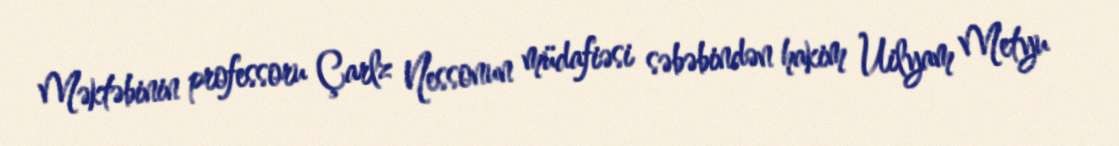
Məktəbinin professoru Çarlz Nessonun müdafiəsi səbəbindən hakim Uilyam Metyu